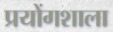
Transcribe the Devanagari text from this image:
प्रयोंगशाला